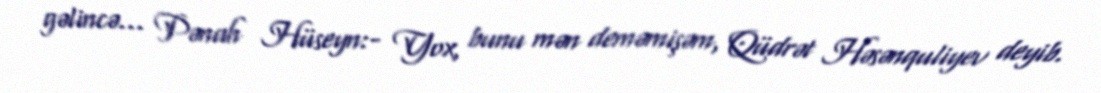
gəlincə... Pənah Hüseyn:- Yox, bunu mən deməmişəm, Qüdrət Həsənquliyev deyib.